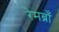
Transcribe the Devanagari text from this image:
रेमब्राँ